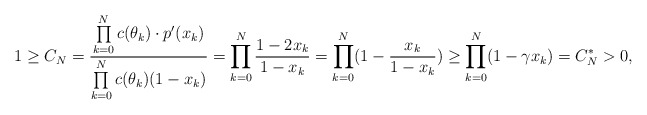
\begin{align*}1 \geq C_N = \frac{\prod \limits_{k=0}^N c(\theta_k) \cdot p'(x_k)}{\prod \limits_{k=0}^N c(\theta_k)(1-x_k)} = \prod \limits_{k=0}^N \frac{1 - 2x_k}{1 - x_k} = \prod \limits_{k=0}^N (1 - \frac{x_k}{1 - x_k}) \geq \prod \limits_{k=0}^N (1 - \gamma x_k) = C_N^* > 0,\end{align*}